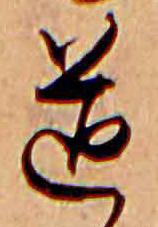
道